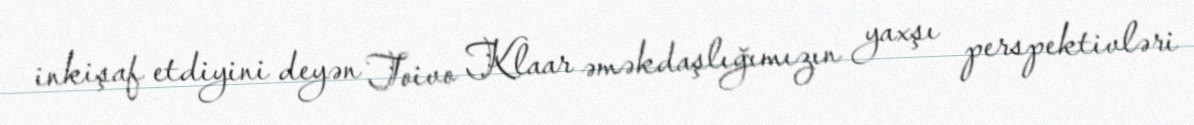
inkişaf etdiyini deyən Toivo Klaar əməkdaşlığımızın yaxşı perspektivləri